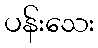
ပန်းသေး